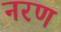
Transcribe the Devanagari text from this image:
नरण